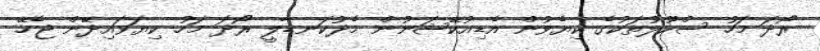
ރޯދަ މަހު ސްކޫލުތަކުގެ ކިޔެވުން އެޑިއުކޭޝަނުން މެދުކަނޑާލީ ރޯދަ މަހު ކިޔަވައިދޭން ޖެހޭ